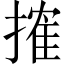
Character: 搉